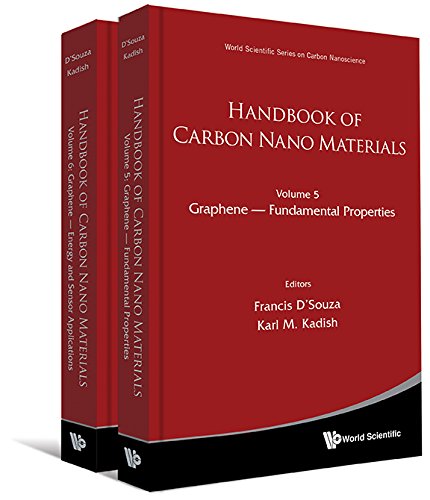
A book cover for Handbook of Carbon Nano Materials: (In 2 Volumes) Volume 5: Graphene - Fundamental Properties Volume 6: Graphene - Energy and Sensor Applications (World Scientific Series on Carbon Nanoscience); Francis D'Souza; Engineering & Transportation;